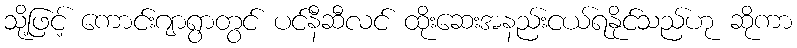
သို့ဖြင့် ကောင်းဂျာရွာတွင် ပင်နီဆီလင် ထိုးဆေးအနည်းငယ်ရနိုင်သည်ဟု ဆိုကာ